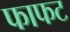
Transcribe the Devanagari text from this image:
फाफट